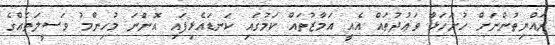
ރައްޔިތުންނަށް ހުށަހަޅާ ވަޢުދުތައް އެއީ އަމާޒުތައް ކަމުގައި ކަނޑައެޅިފައި އޮންނަ މުހިންމު ވަސީލަތެއްގެ